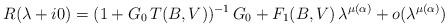
LaTeX: \begin{align*} R(\lambda+i0)= (1+G_0\, T(B,V))^{-1}\, G_0 + F_1(B,V)\, \lambda^{\mu(\alpha)}+ o(\lambda^{\mu(\alpha)})\end{align*}